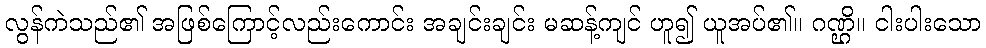
လွန်ကဲသည်၏ အဖြစ်ကြောင့်လည်းကောင်း အချင်းချင်း မဆန့်ကျင် ဟူ၍ ယူအပ်၏။ ဂဏ္ဌိ။ ငါးပါးသော